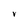
Character: V